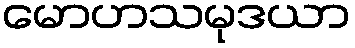
မောဟသမုဒယာ